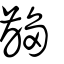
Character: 齺